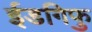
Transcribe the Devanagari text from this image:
ईडगिफु